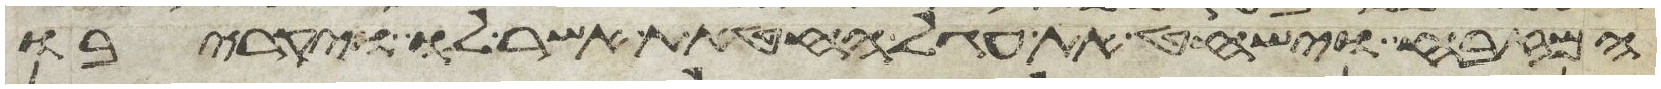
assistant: המזבח וישחט את עגל החטאת אשר לו ויקריבו